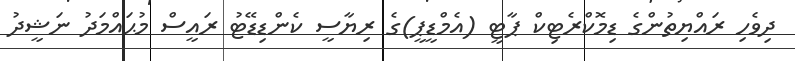
ދިވެހި ރައްޔިތުންގެ ޑިމޮކްރެޓިކް ޕާޓީ (އެމްޑީޕީ)ގެ ރިޔާސީ ކެންޑިޑޭޓު ރައީސް މުޙައްމަދު ނަޝީދު